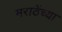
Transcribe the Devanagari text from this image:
मराठेंच्या